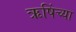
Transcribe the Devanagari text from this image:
ऋषिंच्या